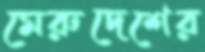
মেরুদেশের